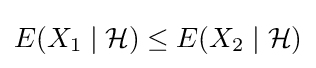
E(X_{1}\mid {\mathcal {H}})\leq E(X_{2}\mid {\mathcal {H}})